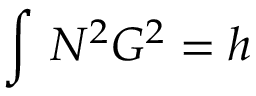
\int \d z \, N ^ { 2 } G ^ { 2 } = h